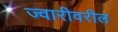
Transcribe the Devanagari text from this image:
ज्वारीवरील